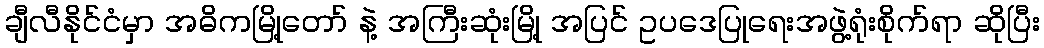
ချီလီနိုင်ငံမှာ အဓိကမြို့တော် နဲ့ အကြီးဆုံးမြို့ အပြင် ဥပဒေပြုရေးအဖွဲ့ရုံးစိုက်ရာ ဆိုပြီး